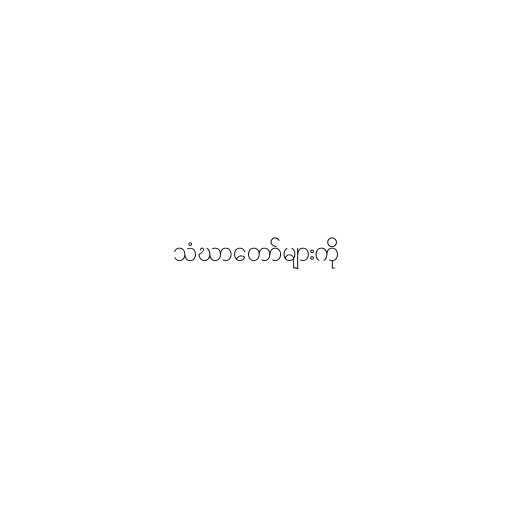
သံဃာတော်များကို